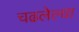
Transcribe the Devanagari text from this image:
चढलेल्या